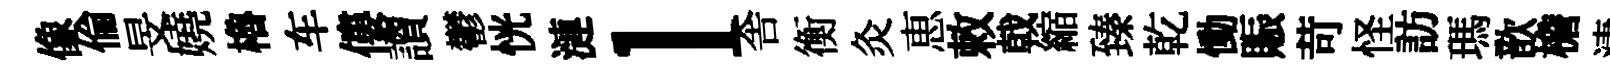
像倫旻嬈櫓车僂讀鬱恍漣l舎衡灸恵敕戟縮臻乾慟賑苛怪訪瑪歆檐淒